Indian journal of veterinary science and animal husbandry - Volume 12,
Year: 1942
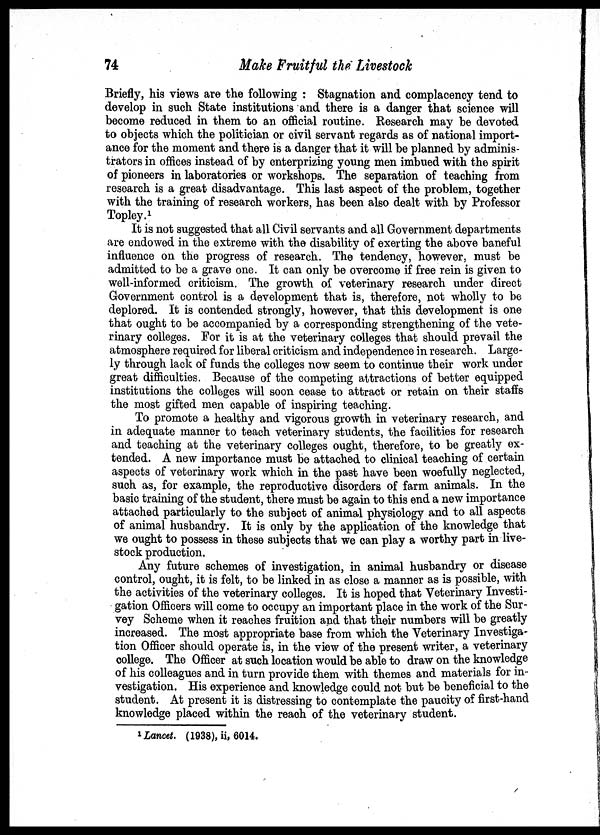
74
Make Fruitful the Livestock
Briefly, his views are the following : Stagnation and complacency tend to
develop in such State institutions and there is a danger that science will
become reduced in them to an official routine. Research may be devoted
to objects which the politician or civil servant regards as of national import-
ance for the moment and there is a danger that it will be planned by adminis-
trators in offices instead of by enterprizing young men imbued with the spirit
of pioneers in laboratories or workshops. The separation of teaching from
research is a great disadvantage. This last aspect of the problem, together
with the training of research workers, has been also dealt with by Professor
Topley. 1
It is not suggested that all Civil servants and all Government departments
are endowed in the extreme with the disability of exerting the above baneful
influence on the progress of research. The tendency, however, must be
admitted to be a grave one. It can only be overcome if free rein is given to
well-informed criticism. The growth of veterinary research under direct
Government control is a development that is, therefore, not wholly to be
deplored. It is contended strongly, however, that this development is one
that ought to be accompanied by a corresponding strengthening of the vete-
rinary colleges. For it is at the veterinary colleges that should prevail the
atmosphere required for liberal criticism and independence in research. Large-
ly through lack of funds the colleges now seem to continue their work under
great difficulties. Because of the competing attractions of better equipped
institutions the colleges will soon cease to attract or retain on their staffs
the most gifted men capable of inspiring teaching.
To promote a healthy and vigorous growth in veterinary research, and
in adequate manner to teach veterinary students, the facilities for research
and teaching at the veterinary colleges ought, therefore, to be greatly ex-
tended. A new importance must be attached to clinical teaching of certain
aspects of veterinary work which in the past have been woefully neglected,
such as, for example, the reproductive disorders of farm animals. In the
basic training of the student, there must be again to this end a new importance
attached particularly to the subject of animal physiology and to all aspects
of animal husbandry. It is only by the application of the knowledge that
we ought to possess in these subjects that we can play a worthy part in live-
stock production.
Any future schemes of investigation, in animal husbandry or disease
control, ought, it is felt, to be linked in as close a manner as is possible, with
the activities of the veterinary colleges. It is hoped that Veterinary Investi-
gation Officers will come to occupy an important place in the work of the Sur-
vey Scheme when it reaches fruition and that their numbers will be greatly
increased. The most appropriate base from which the Veterinary Investiga-
tion Officer should operate is, in the view of the present writer, a veterinary
college. The Officer at such location would be able to draw on the knowledge
of his colleagues and in turn provide them with themes and materials for in-
vestigation. His experience and knowledge could not but be beneficial to the
student. At present it is distressing to contemplate the paucity of first-hand
knowledge placed within the reach of the veterinary student.
1 Lancet. (1938), ii, 6014.